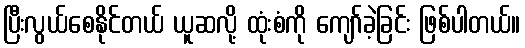
ပြီးလွယ်စေနိုင်တယ် ယူဆလို့ ထုံးစံကို ကျော်ခဲ့ခြင်း ဖြစ်ပါတယ်။